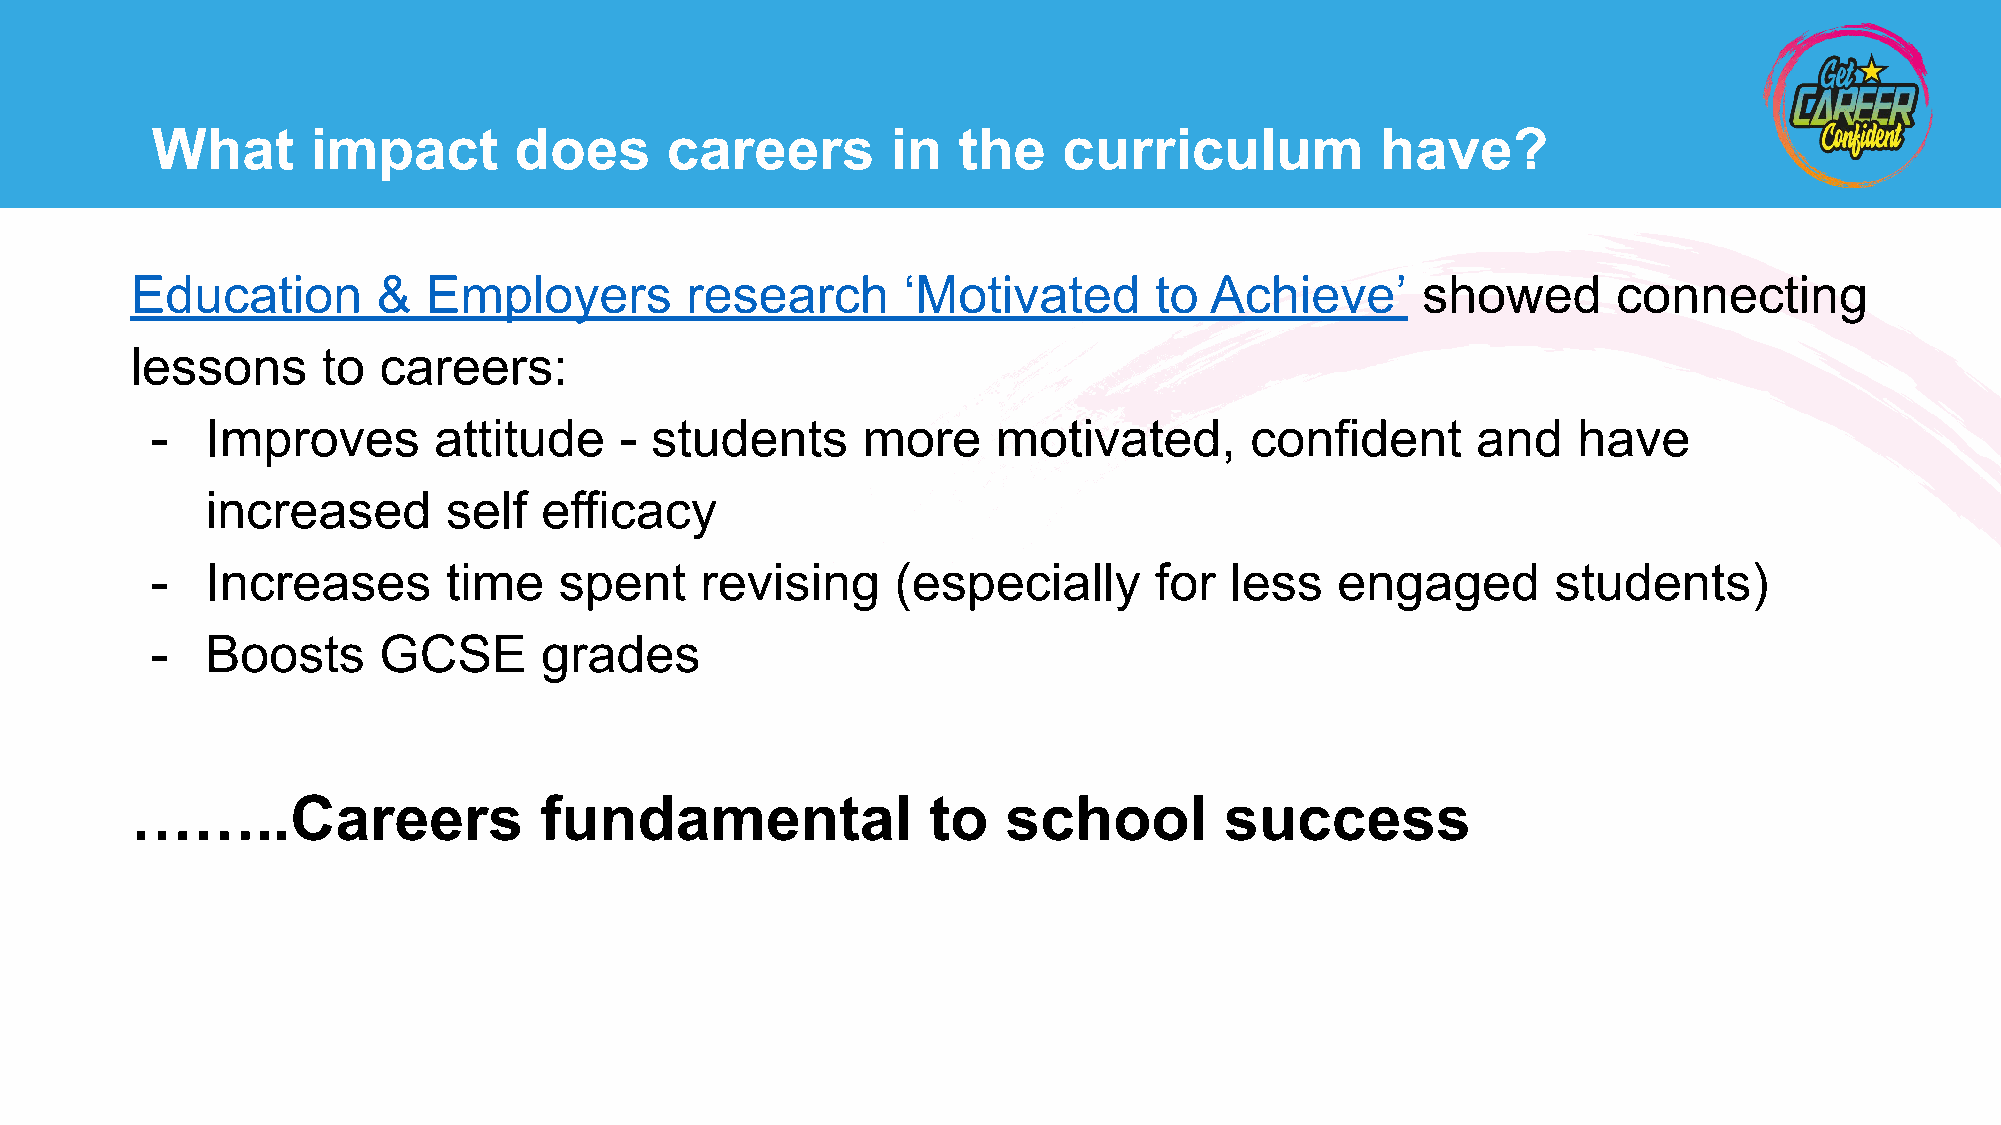
What       impact       does      careers        in  the    curriculum           have?
 Education       &  Employers        research       ‘Motivated      to  Achieve’      showed       connecting
 lessons     to  careers:
 -   Improves       attitude    - students      more     motivated,       confident      and   have
 increased       self  efficacy
 -   Increases       time   spent    revising     (especially      for  less   engaged        students)
 -   Boosts     GCSE       grades
 ……..Careers                fundamental              to    school        success
 Face      to  Face      and     Online